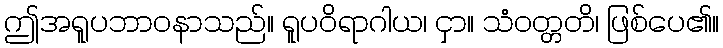
ဤအရူပဘာဝနာသည်။ ရူပဝိရာဂါယ၊ ငှာ။ သံဝတ္တတိ၊ ဖြစ်ပေ၏။